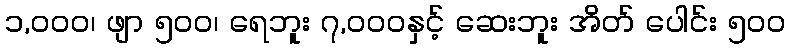
၁,၀၀၀၊ ဖျာ ၅၀၀၊ ရေဘူး ၇,၀၀၀နှင့် ဆေးဘူး အိတ် ပေါင်း ၅၀၀